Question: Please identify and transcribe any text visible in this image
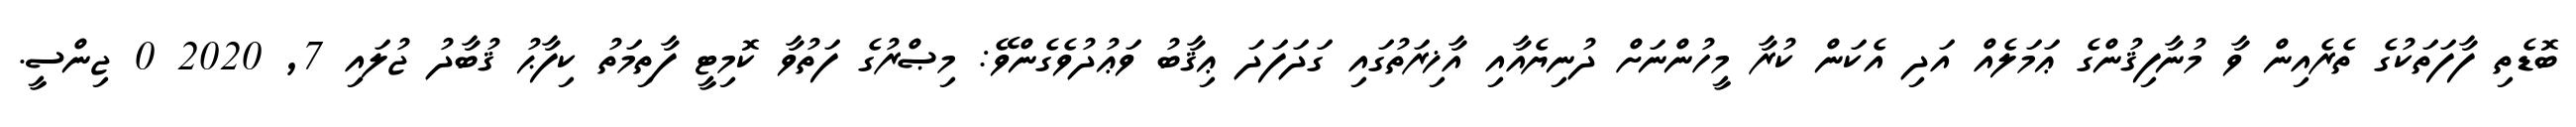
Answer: ބޮޑެތި ފާފަތަކުގެ ތެރެއިން ވާ މުނާފިޤުންގެ ޢަމަލެއް އަދި އެކަން ކުރާ މީހުންނަށް ދުނިޔެއާއި އާޚިރަތުގައި ގަދަފަދަ ޢިޤާބު ވަޢުދުވެގެންވޭ: މިޞްރުގެ ފަތުވާ ކޮމިޓީ ފާތިމަތު ކިފާޙު ޤުބާދު ޖުލައި 7, 2020 0 ޖިންސީ.